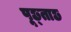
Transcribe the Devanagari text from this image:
पूछ्ताछ